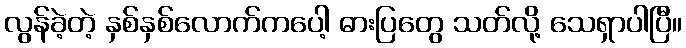
လွန်ခဲ့တဲ့ နှစ်နှစ်လောက်ကပေါ့ ဓားပြတွေ သတ်လို့ သေရှာပါပြီ။